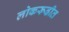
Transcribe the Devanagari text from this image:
लोकरूढीत